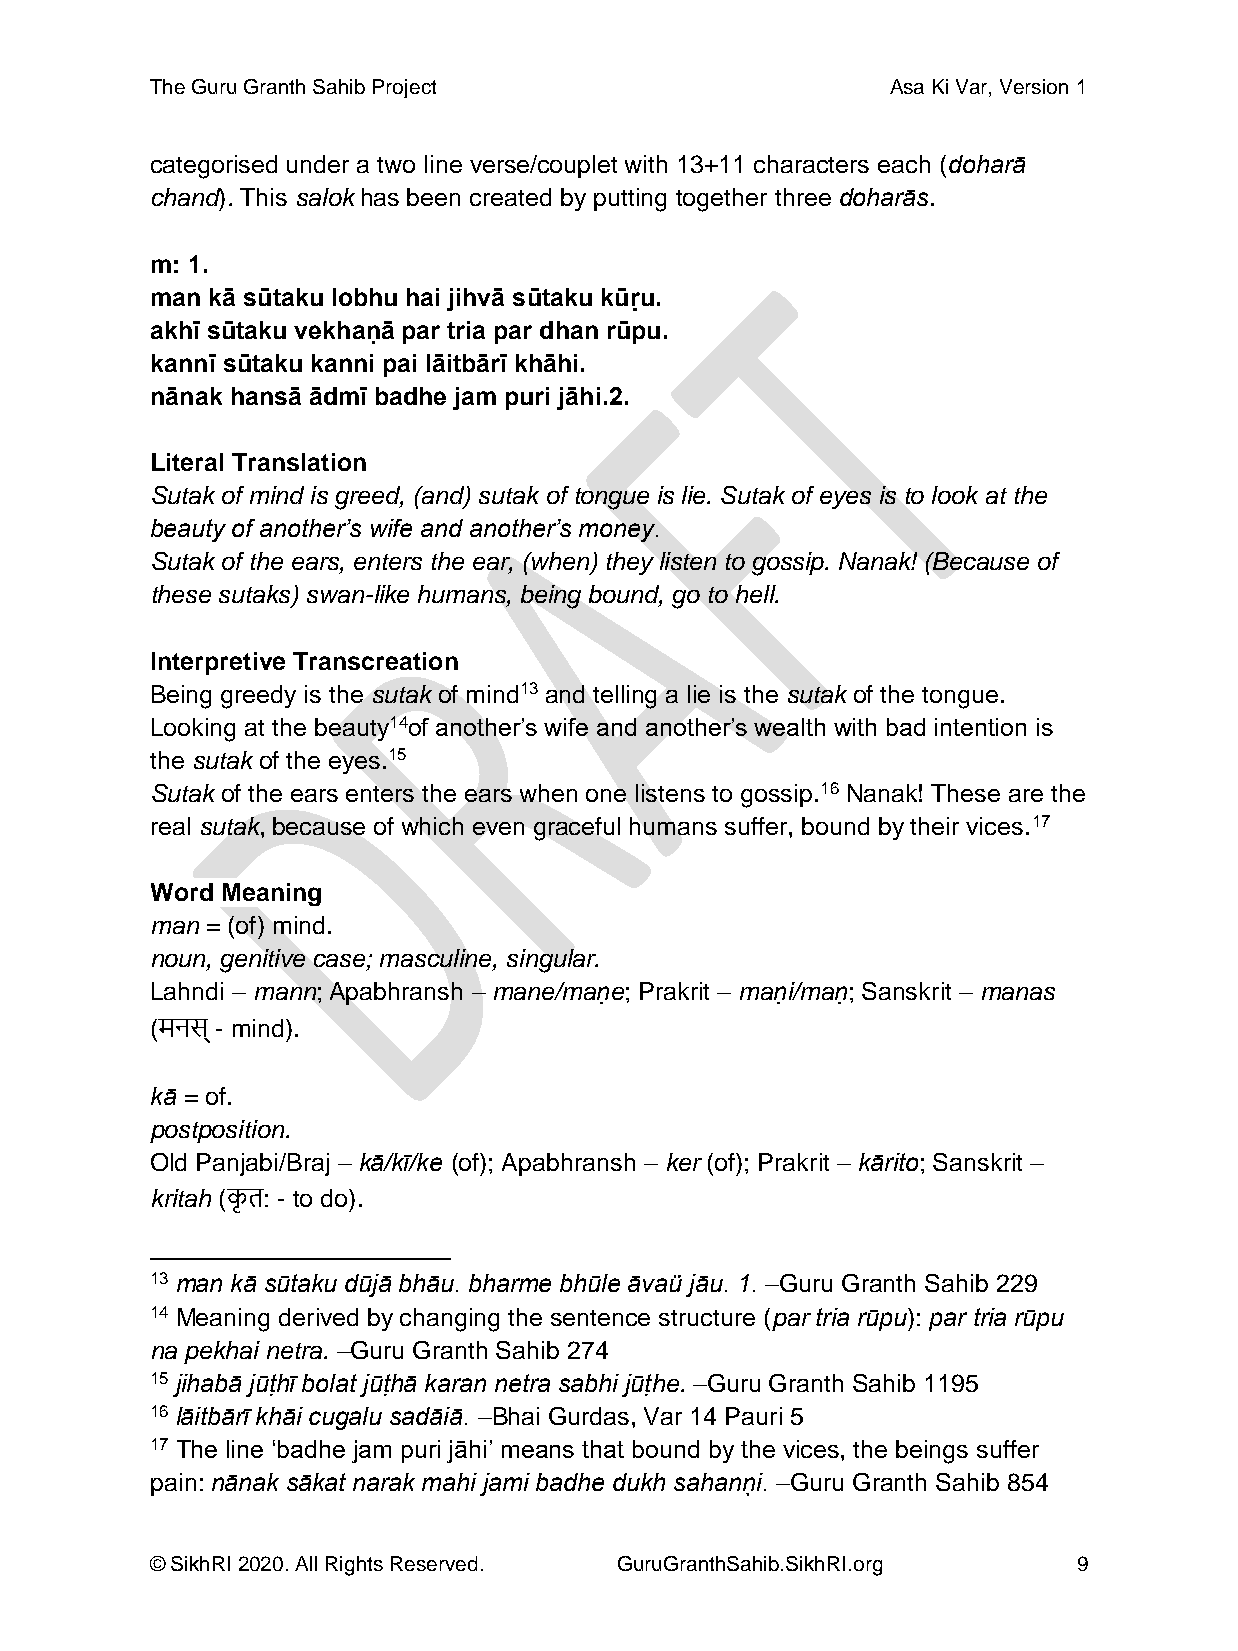
The Guru Granth Sahib Project                    Asa Ki Var, Version 1
 categorised under a two line verse/couplet with 13+11 characters each (doharā
 chand). This salok has been created by putting together three doharās.
 m: 1.
 man kā sūtaku lobhu hai jihvā sūtaku kūṛu.
 akhī sūtaku vekhaṇā par tria par dhan rūpu.
 kannī sūtaku kanni pai lāitbārī khāhi.
 nānak hansā ādmī badhe jam puri jāhi.2.
 Literal Translation
 Sutak of mind is greed, (and) sutak of tongue is lie. Sutak of eyes is to look at the
 beauty of another’s wife and another’s money.
 Sutak of the ears, enters the ear, (when) they listen to gossip. Nanak! (Because of
 these sutaks) swan-like humans, being bound, go to hell.
 Interpretive Transcreation
 Being greedy is the sutak of mind13 and telling a lie is the sutak of the tongue.
 Looking at the beauty14of another’s wife and another’s wealth with bad intention is
 the sutak of the eyes.15
 Sutak of the ears enters the ears when one listens to gossip.16 Nanak! These are the
 real sutak, because of which even graceful humans suffer, bound by their vices.17
 Word Meaning
 man = (of) mind.
 noun, genitive case; masculine, singular.
 Lahndi – mann; Apabhransh – mane/maṇe; Prakrit – maṇi/maṇ; Sanskrit – manas
 (मनस् - mind).
 kā = of.
 postposition.
 Old Panjabi/Braj – kā/kī/ke (of); Apabhransh – ker (of); Prakrit – kārito; Sanskrit –
 kritah (कृ त: - to do).
 13 man kā sūtaku dūjā bhāu. bharme bhūle āvaü jāu. 1. –Guru Granth Sahib 229
 14 Meaning derived by changing the sentence structure (par tria rūpu): par tria rūpu
 na pekhai netra. –Guru Granth Sahib 274
 15 jihabā jūṭhī bolat jūṭhā karan netra sabhi jūṭhe. –Guru Granth Sahib 1195
 16 lāitbārī khāi cugalu sadāiā. –Bhai Gurdas, Var 14 Pauri 5
 17 The line ‘badhe jam puri jāhi’ means that bound by the vices, the beings suffer
 pain: nānak sākat narak mahi jami badhe dukh sahann̖ i. –Guru Granth Sahib 854
 © SikhRI 2020. All Rights Reserved. GuruGranthSahib.SikhRI.org 9